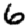
Digit: 6